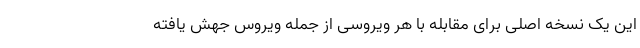
این یک نسخه اصلی برای مقابله با هر ویروسی از جمله ویروس جهش یافته